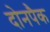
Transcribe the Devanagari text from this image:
दोनपैक